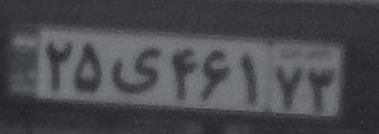
۲۵ی۴۶۱۷۳